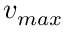
v _ { m a x }